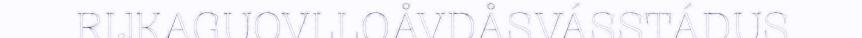
RIJKAGUOVLLOÅVDÅSVÁSSTÁDUS